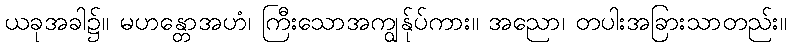
ယခုအခါ၌။ မဟန္တောအဟံ၊ ကြီးသောအကျွန်ုပ်ကား။ အညော၊ တပါးအခြားသာတည်း။